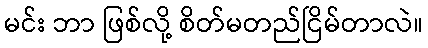
မင်း ဘာ ဖြစ်လို့ စိတ်မတည်ငြိမ်တာလဲ။